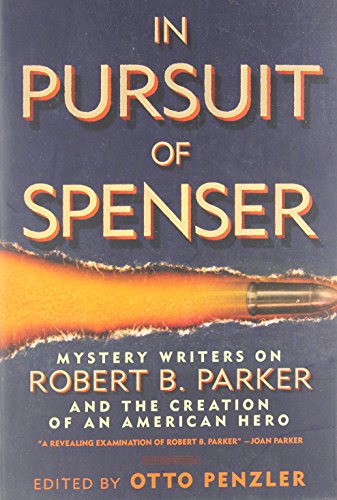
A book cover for In Pursuit of Spenser: Mystery Writers on Robert B. Parker and the Creation of an American Hero; Mystery, Thriller & Suspense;